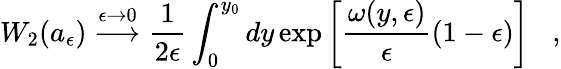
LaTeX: W_{2}(a_{\epsilon})\stackrel{\epsilon\rightarrow 0}{\longrightarrow}{\frac{1}{2\epsilon}}\int_{0}^{y_{0}}dy\exp\left[{\frac{\omega(y,\epsilon)}{\epsilon}}(1-\epsilon)\right]\; \; \; ,